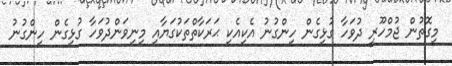
މިގޮތުން ޖުމްހޫރީ ދުވަހާ ގުޅިގެން ހިންގުނު އެކިއެކި ޙަރަކާތްތަކުގަޔާއި މިނިވަންދުވަހާ ގުޅިގެން ހިންގުނު